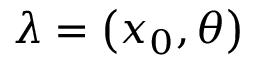
\lambda = \left( x _ { 0 } , \theta \right)